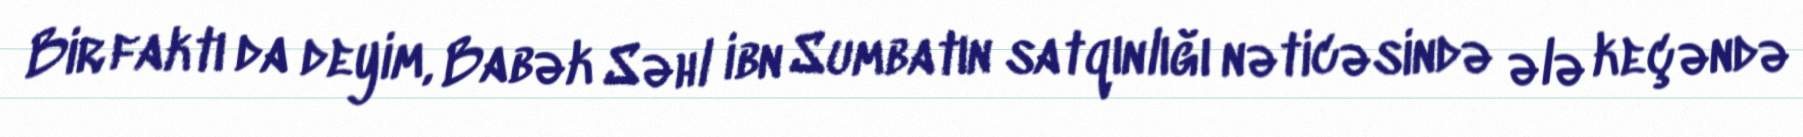
Bir faktı da deyim, Babək Səhl ibn Sumbatın satqınlığı nəticəsində ələ keçəndə